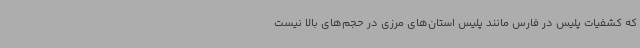
که کشفیات پلیس در فارس مانند پلیس استان‌های مرزی در حجم‌های بالا نیست